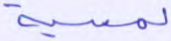
لمسية